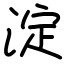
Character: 淀